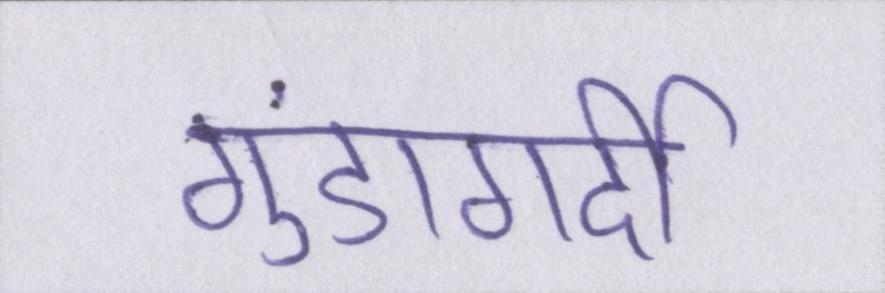
गुंडागर्दी